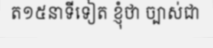
ត១៥នាទីទៀត ខ្ញុំថា ច្បាស់ជា